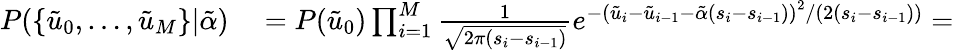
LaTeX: \begin{array}{rl}{P(\{ \tilde{u}_{0},\ldots,\tilde{u}_{M}\} |\tilde{\alpha})}&{{}=P(\tilde{u}_{0})\prod_{i=1}^{M}\frac{1}{\sqrt{2\pi(s_{i}-s_{i-1})}}e^{-\left(\tilde{u}_{i}-\tilde{u}_{i-1}-\tilde{\alpha}\left(s_{i}-s_{i-1}\right)\right)^{2}/\left(2\left(s_{i}-s_{i-1}\right)\right)}=}\end{array}